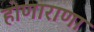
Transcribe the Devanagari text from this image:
होणाराणा